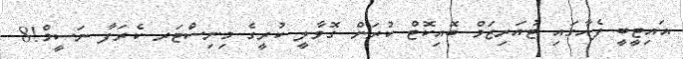
އައިޓީބީ ފެއާގައި ޓުއަރިޒަމް ބޮއިކޮޓް ކުރަން ގޮވާލީ ކުރީގެ މިނިސްޓަރ ކެރަފާ ނަސީމް!8